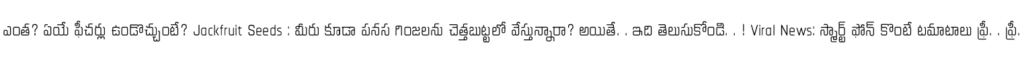
ఎంత? ఏయే ఫీచర్లు ఉండొచ్చుంటే? Jackfruit Seeds : మీరు కూడా పనస గింజలను చెత్తబుట్టలో వేస్తున్నారా? అయితే. . ఇది తెలుసుకోండి. . ! Viral News: స్మార్ట్ ఫోన్ కొంటే టమాటాలు ఫ్రీ. . ఫ్రీ.